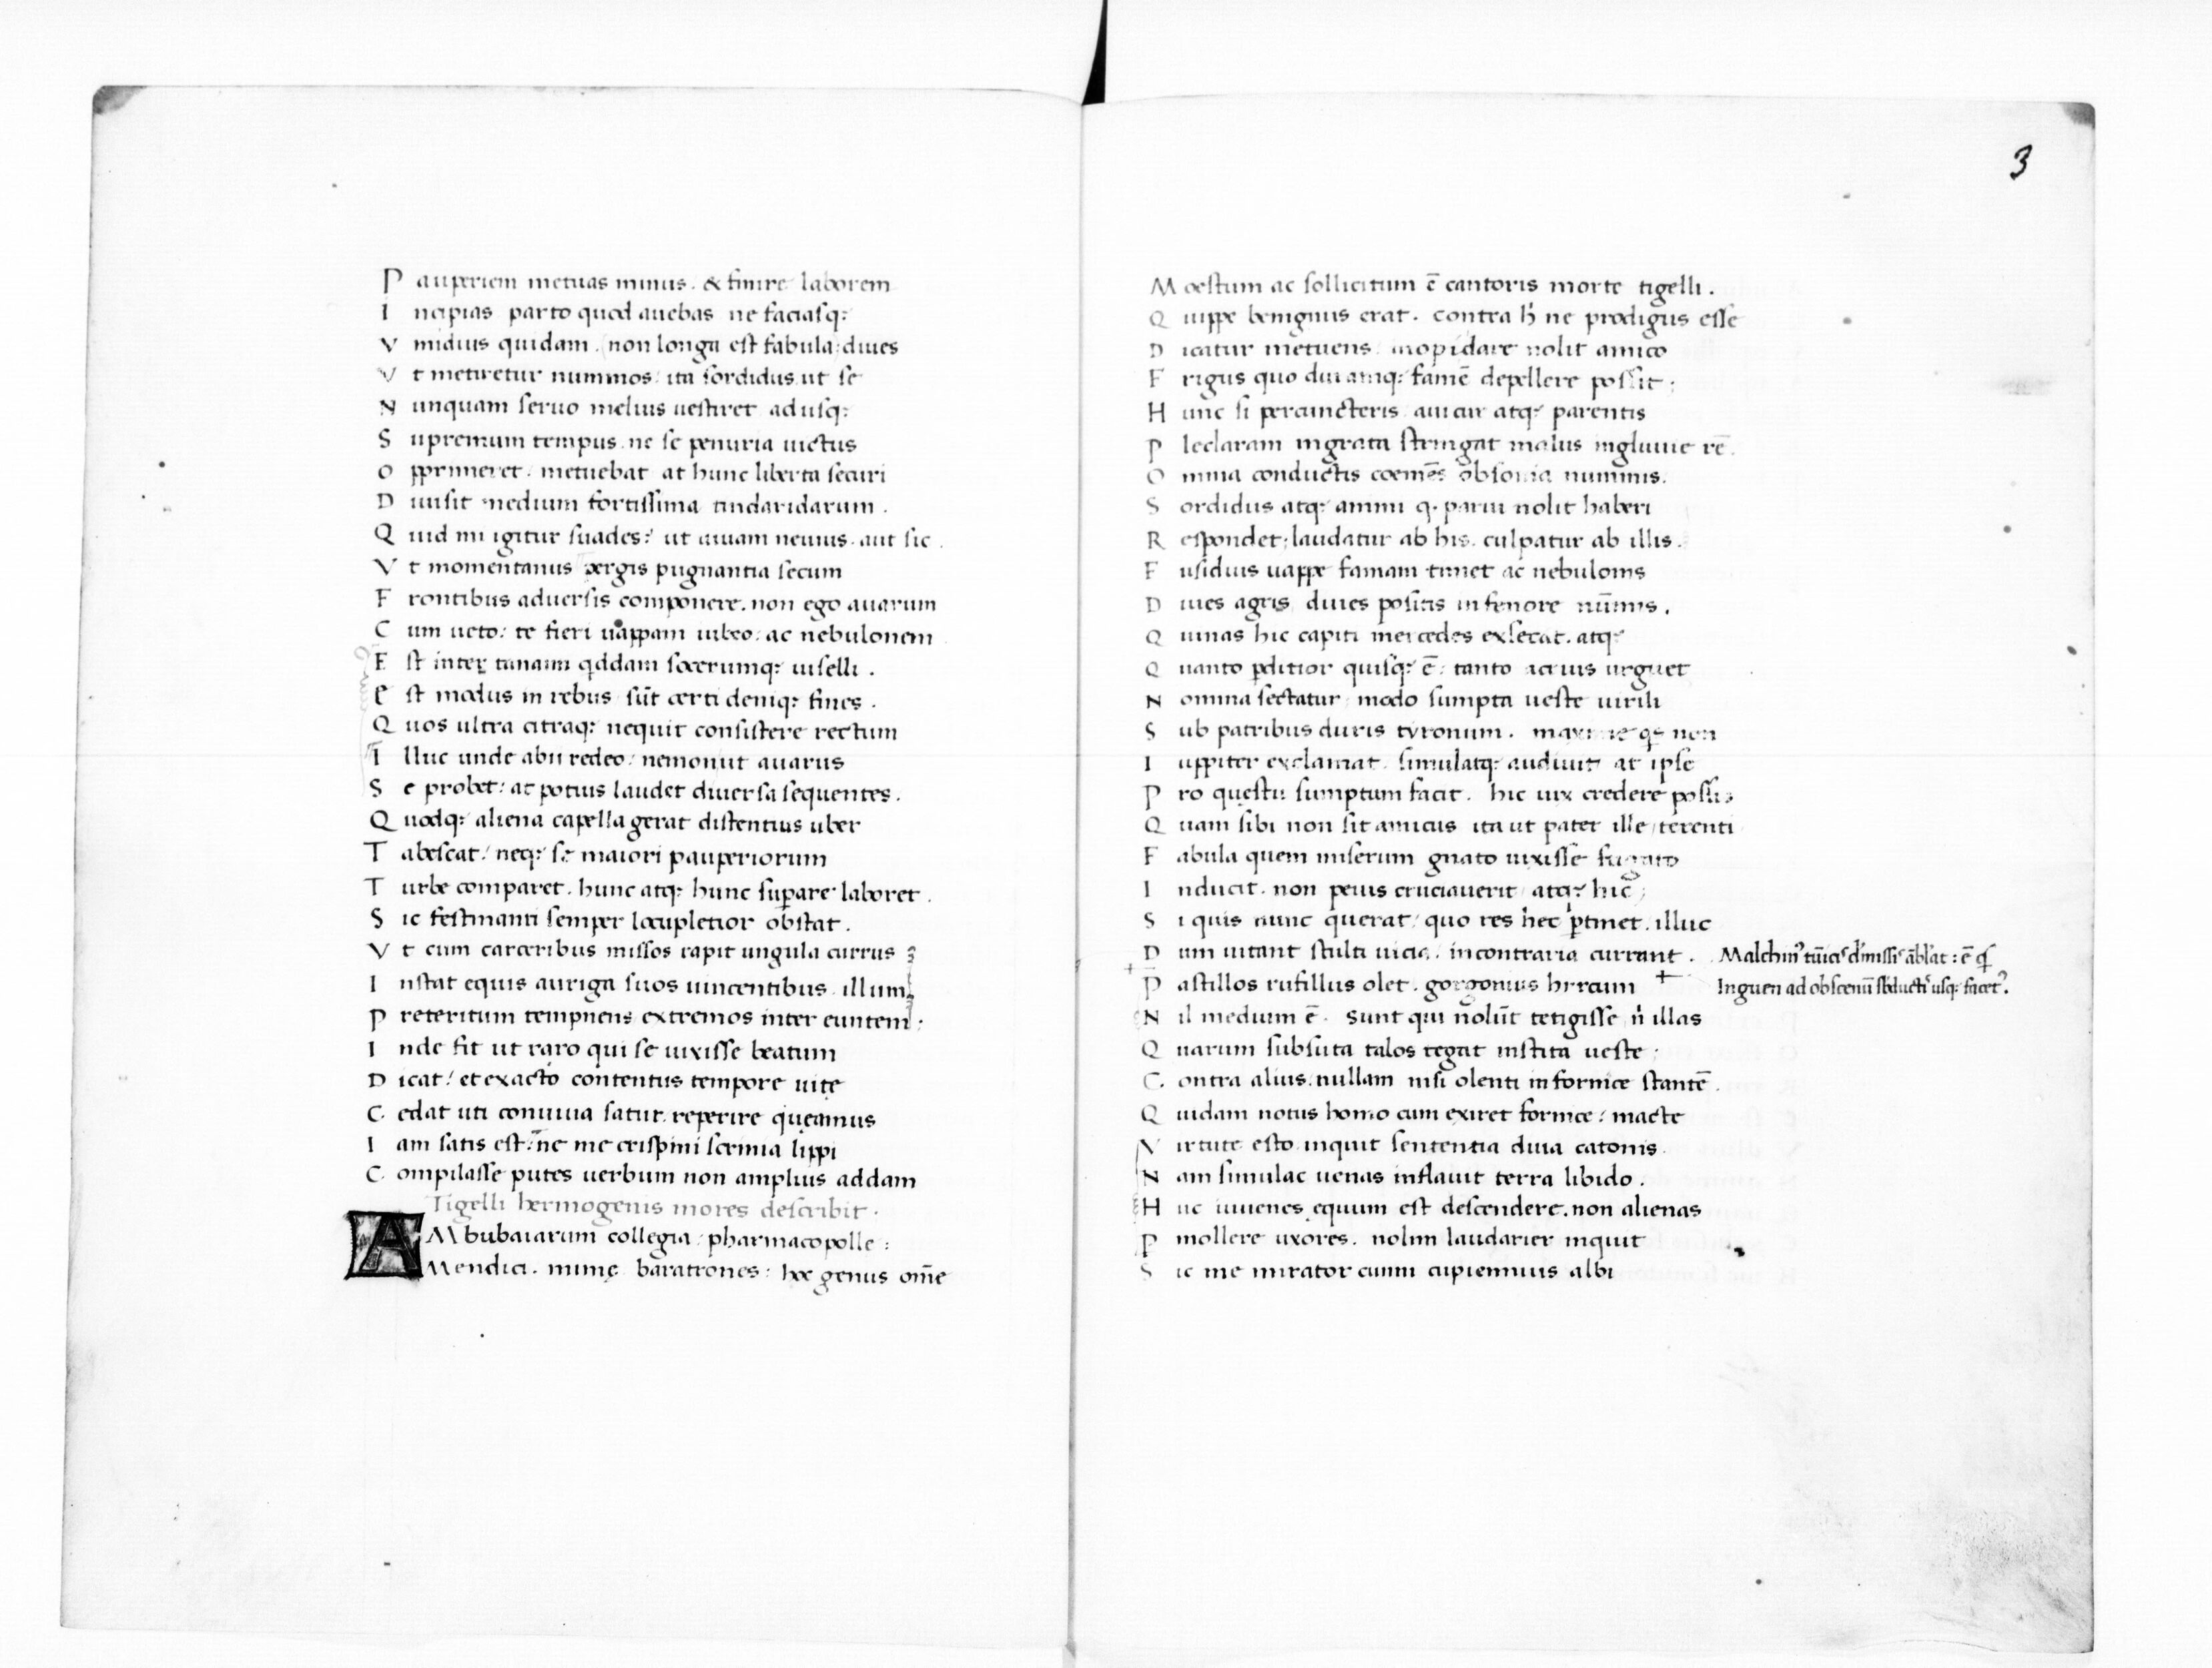
Shelfmark: Paris, BnF, Smith-Lesouëf 11
Century: 15